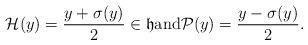
LaTeX: \begin{align*}\mathcal{H}(y)=\frac{y+\sigma(y)}{2}\in \mathfrak{h}\mathrm{and} \mathcal{P}(y)=\frac{y-\sigma(y)}{2}.\end{align*}